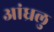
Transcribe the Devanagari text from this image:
आंध्रलु